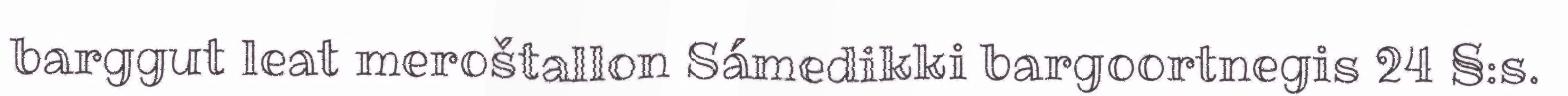
barggut leat meroštallon Sámedikki bargoortnegis 24 §:s.